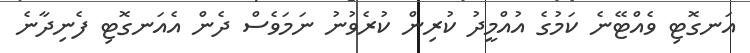
އަނގޮޓި ވެއްޓޭނެ ކަމުގެ އުއްމީދު ކުރިން ކުރެވުނު ނަމަވެސް ދެން އެއަނގޮޓި ފެނިދާނެ